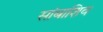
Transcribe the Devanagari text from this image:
सांबाशिव